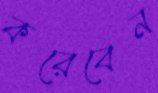
করেবেন